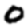
Digit: 0